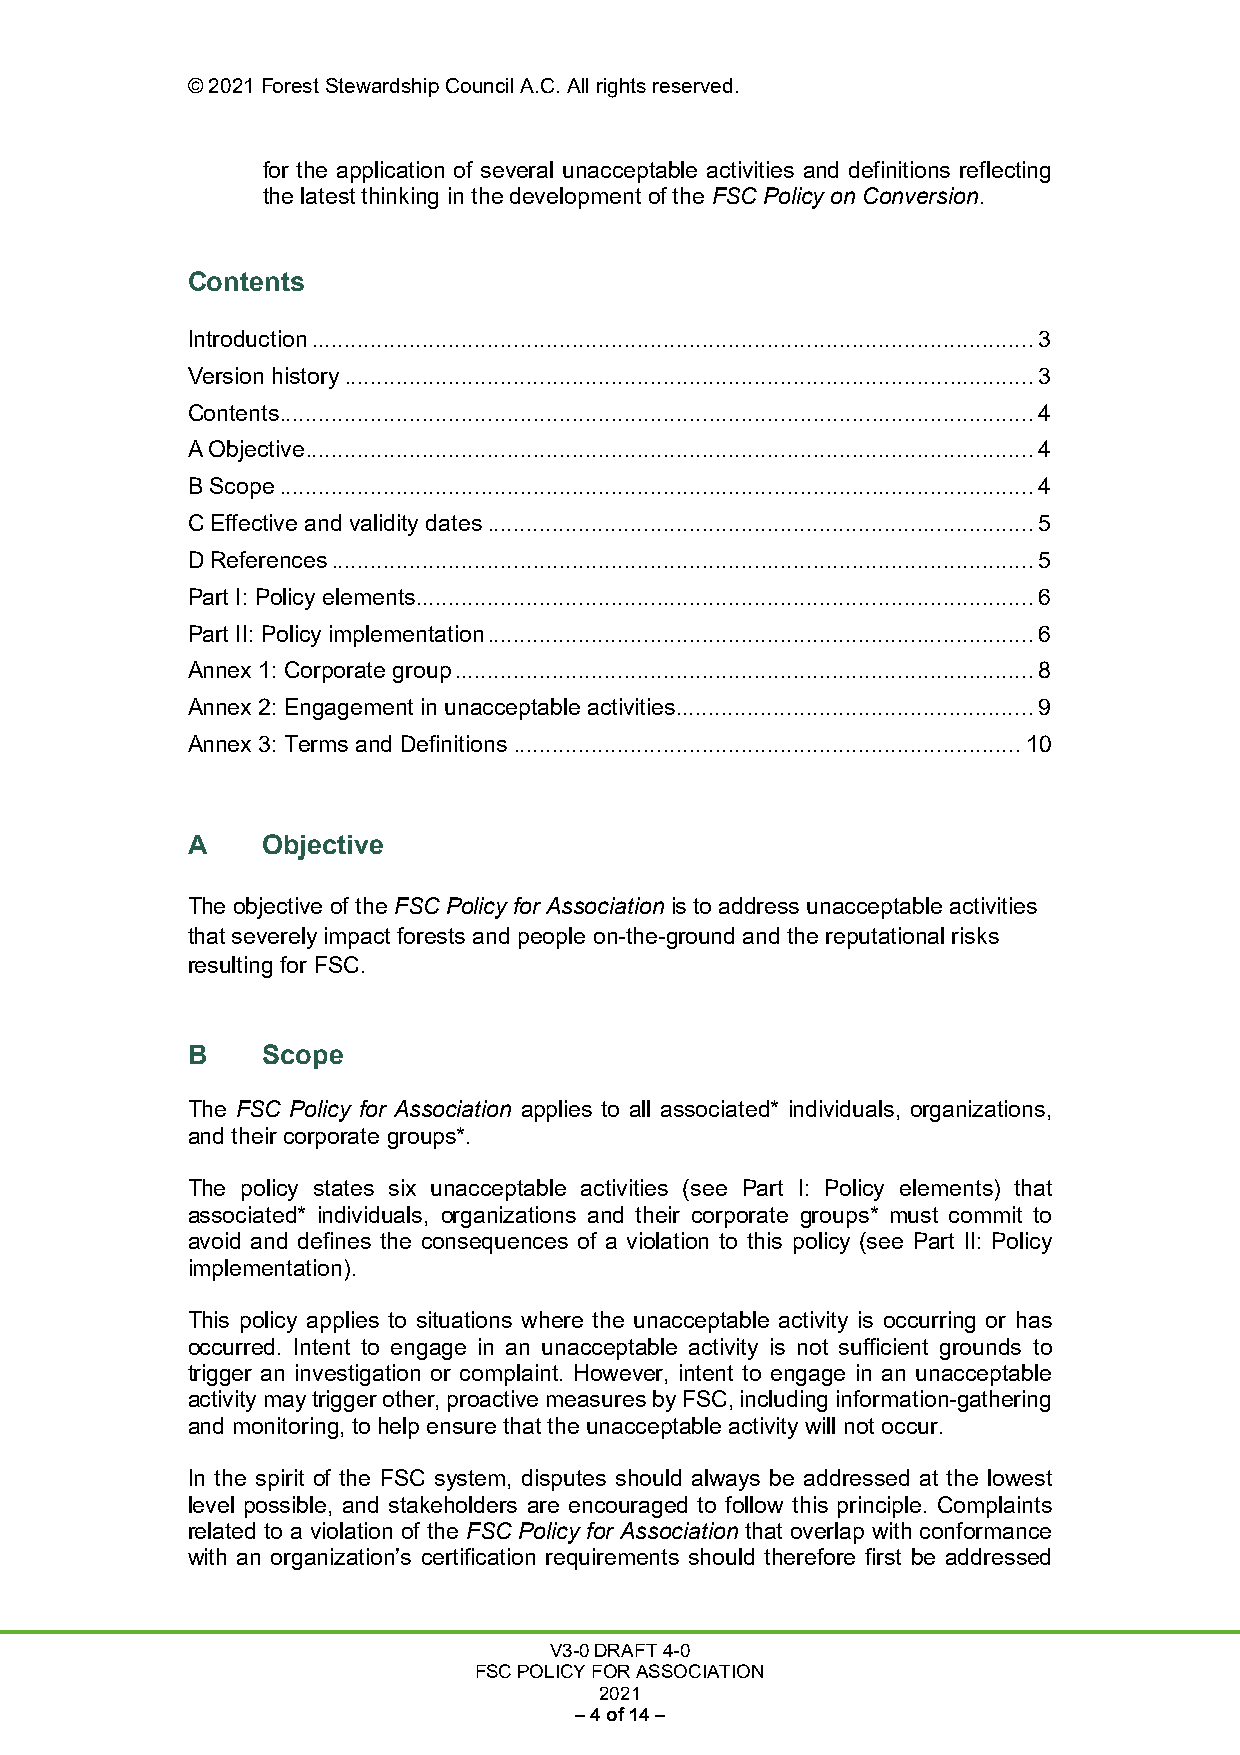
© 2021 Forest Stewardship Council A.C. All rights reserved.
 for the application of several unacceptable activities and definitions reflecting
 the latest thinking in the development of the FSC Policy on Conversion.
 Contents
 Introduction ............................................................................................................... 3
 Version history .......................................................................................................... 3
 Contents .................................................................................................................... 4
 A Objective ................................................................................................................ 4
 B Scope .................................................................................................................... 4
 C Effective and validity dates .................................................................................... 5
 D References ............................................................................................................ 5
 Part I: Policy elements ............................................................................................... 6
 Part II: Policy implementation .................................................................................... 6
 Annex 1: Corporate group ......................................................................................... 8
 Annex 2: Engagement in unacceptable activities ....................................................... 9
 Annex 3: Terms and Definitions .............................................................................. 10
 A    Objective
 The objective of the FSC Policy for Association is to address unacceptable activities
 that severely impact forests and people on-the-ground and the reputational risks
 resulting for FSC.
 B    Scope
 The FSC Policy for Association applies to all associated* individuals, organizations,
 and their corporate groups*.
 The policy states six unacceptable activities (see Part I: Policy elements) that
 associated* individuals, organizations and their corporate groups* must commit to
 avoid and defines the consequences of a violation to this policy (see Part II: Policy
 implementation).
 This policy applies to situations where the unacceptable activity is occurring or has
 occurred. Intent to engage in an unacceptable activity is not sufficient grounds to
 trigger an investigation or complaint. However, intent to engage in an unacceptable
 activity may trigger other, proactive measures by FSC, including information-gathering
 and monitoring, to help ensure that the unacceptable activity will not occur.
 In the spirit of the FSC system, disputes should always be addressed at the lowest
 level possible, and stakeholders are encouraged to follow this principle. Complaints
 related to a violation of the FSC Policy for Association that overlap with conformance
 with an organization’s certification requirements should therefore first be addressed
 V3-0 DRAFT 4-0
 FSC POLICY FOR ASSOCIATION
 2021
 – 4 of 14 –